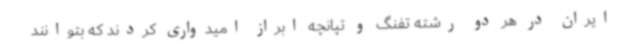
ایران در هر دو رشته تفنگ و تپانچه ابراز امیدواری کردند که بتوانند